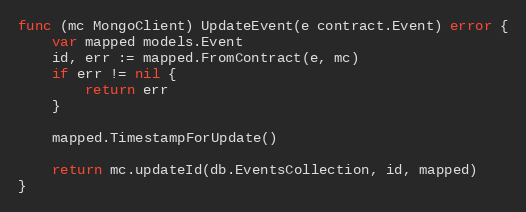
Language: Go
func (mc MongoClient) UpdateEvent(e contract.Event) error {
	var mapped models.Event
	id, err := mapped.FromContract(e, mc)
	if err != nil {
		return err
	}

	mapped.TimestampForUpdate()

	return mc.updateId(db.EventsCollection, id, mapped)
}